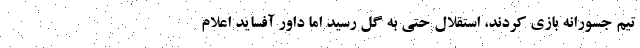
تیم جسورانه بازی کردند، استقلال حتی به گل رسید اما داور آفساید اعلام